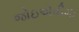
જોઇએવીમા